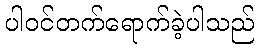
ပါဝင်တက်ရောက်ခဲ့ပါသည်